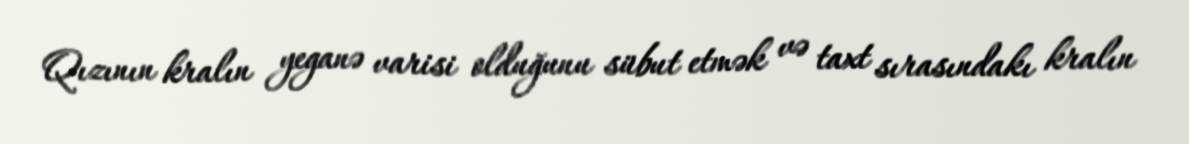
Qızının kralın yeganə varisi olduğunu sübut etmək və taxt sırasındakı kralın